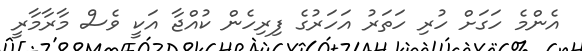
އެންމެ ހަގަށް ހުރި ހަތަރު އަހަރުގެ ފިރިހެން ކުއްޖާ އަކީ ވެސް މާރާމާރީ